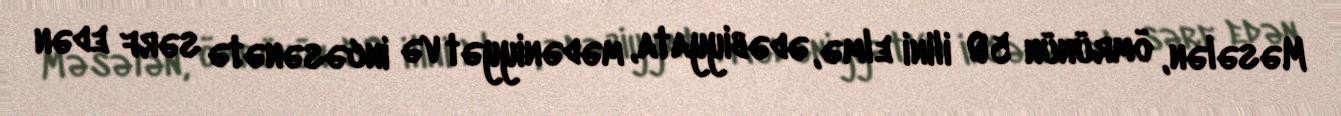
Məsələn, ömrünün 50 ilini elmə, ədəbiyyata, mədəniyyət və incəsənətə sərf edən